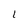
Character: 1